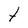
Character: t